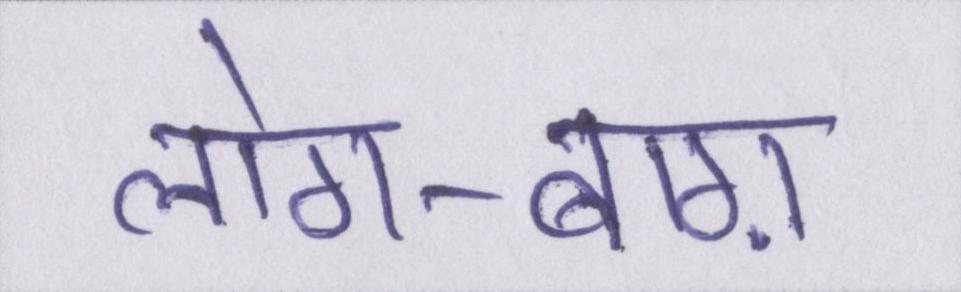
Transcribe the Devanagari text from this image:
लोग-बाग़